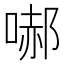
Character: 𭉞